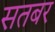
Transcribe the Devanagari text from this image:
सतबर